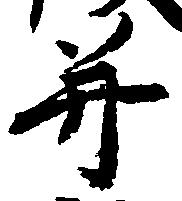
并